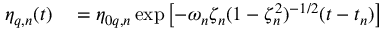
\begin{array} { r l } { \eta _ { q , n } ( t ) } & { { } = \eta _ { 0 q , n } \exp \! \; \! \left[ { - \omega _ { n } \zeta _ { n } ( 1 - \zeta _ { n } ^ { 2 } ) ^ { - 1 / 2 } ( t - t _ { n } ) } \right] } \end{array}